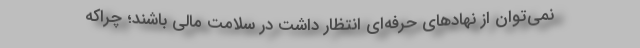
نمی‌توان از نهادهای حرفه‌ای انتظار داشت در سلامت مالی باشند؛ چراكه